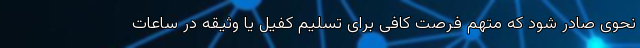
نحوی صادر شود که متهم فرصت کافی برای تسلیم کفیل یا وثیقه در ساعات